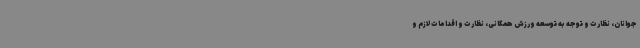
جوانان، نظارت و توجه به توسعه ورزش همگانی، نظارت و اقدامات لازم و